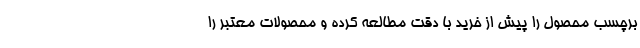
برچسب محصول را پیش از خرید با دقت مطالعه کرده و محصولات معتبر را